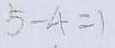
5 - 4 = 1